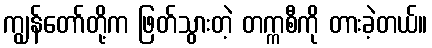
ကျွန်တော်တို့က ဖြတ်သွားတဲ့ တက္ကစီကို တားခဲ့တယ်။